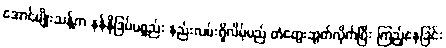
အောင်မျိုးသန့်က နန်နိုဒြပ်ပစ္စည်း နည်းလမ်းရှိလိမ့်မည် တံတွေးဆွတ်လိုက်ပြီး ကြည့်နေခြင်း